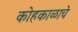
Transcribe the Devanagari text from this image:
कोहकाळाचे